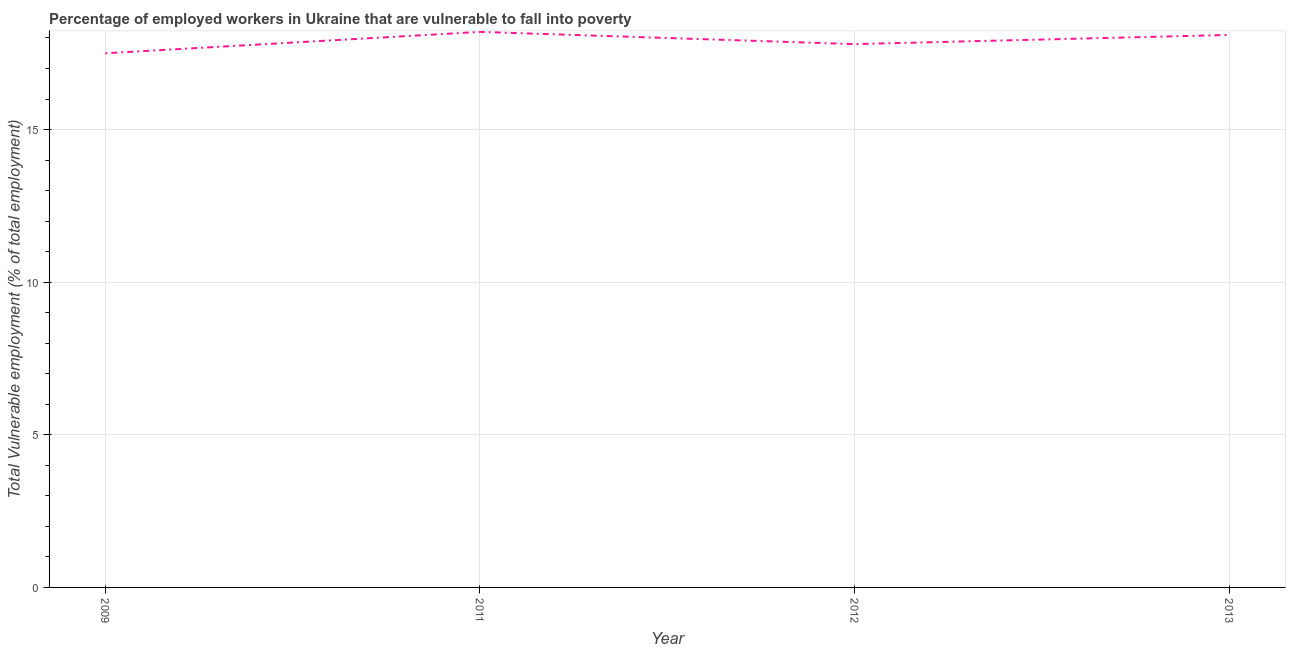
| Year | Vulnerable employment |
 | --- | --- |
 | 2009 | 17.5 |
 | 2011 | 18.2 |
 | 2012 | 17.8 |
 | 2013 | 18.1 |